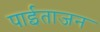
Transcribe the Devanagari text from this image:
पाईताजन